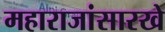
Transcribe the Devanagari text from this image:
महाराजांसारखे